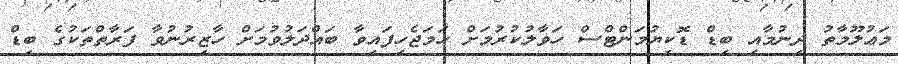
މަޢުލޫމާތު ދިނުމާއި ބިޑް ޑޮކިޔުމަންޓްސް ހަވާލުކުރުމަށް ހަމަޖެހިފައިވާ ބައްދަލުވުމަށް ހާޒިރުނުވާ ފަރާތްތަކުގެ ބިޑް